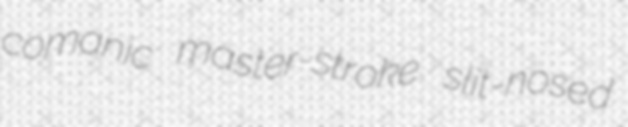
comanic master-stroke slit-nosed